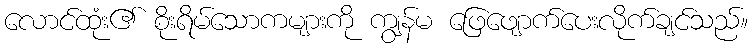
လောင်ထုံး၏ စိုးရိမ်သောကများကို ကျွန်မ ဖြေဖျောက်ပေးလိုက်ချင်သည်။